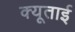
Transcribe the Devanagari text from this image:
क्यूताई